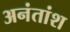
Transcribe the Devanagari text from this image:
अनंतांश